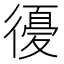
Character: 𢕶